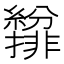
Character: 𫄐